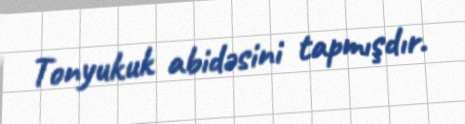
Tonyukuk abidəsini tapmışdır.